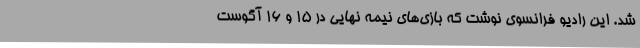
شد. این رادیو فرانسوی نوشت که بازی‌های نیمه نهایی در 15 و 16 آگوست